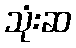
သုံးဆ